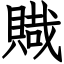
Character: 賳